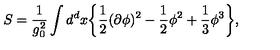
S = \frac { 1 } { g _ { 0 } ^ { 2 } } \int d ^ { d } x \bigg \{ \frac { 1 } { 2 } ( \partial \phi ) ^ { 2 } - \frac { 1 } { 2 } \phi ^ { 2 } + \frac { 1 } { 3 } \phi ^ { 3 } \bigg \} ,